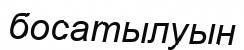
босатылуын